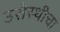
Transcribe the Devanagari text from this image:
उरोस्थीचा